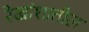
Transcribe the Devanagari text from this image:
रेखांशातील